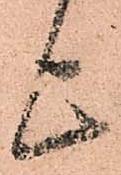
上